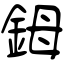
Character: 鉧